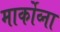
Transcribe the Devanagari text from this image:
मार्कोव्ना